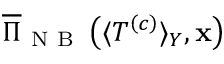
\overline { { \Pi } } _ { \mathrm { ~ N ~ B ~ } } \left( \langle T ^ { \left( c \right) } \rangle _ { Y } , \mathbf { x } \right)